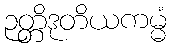
ဉတ္တိဒုတိယကမ္မံ